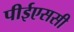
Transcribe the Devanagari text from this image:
पीईएससी